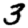
Digit: 3